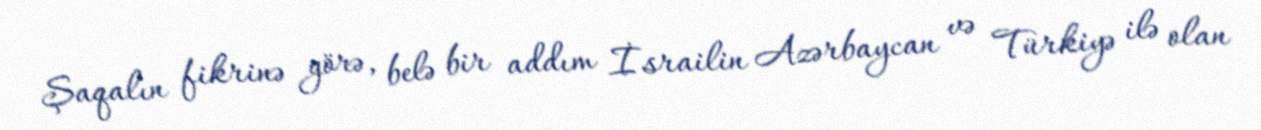
Şaqalın fikrinə görə, belə bir addım İsrailin Azərbaycan və Türkiyə ilə olan